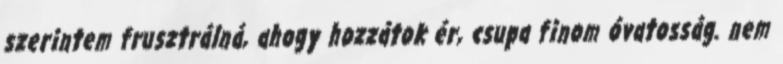
szerintem frusztrálná, ahogy hozzátok ér, csupa finom óvatosság. nem